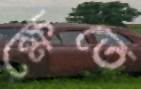
ক্ষেতে